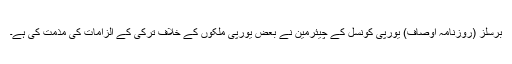
برسلز (روزنامہ اوصاف) یورپی کونسل کے چیئرمین نے بعض یورپی ملکوں کے خلاف ترکی کے الزامات کی مذمت کی ہے۔